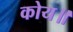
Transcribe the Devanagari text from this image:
कोय॥